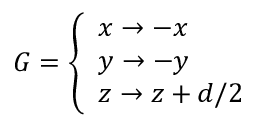
G = \left\{ \begin{array} { l l } { x \rightarrow - x } \\ { y \rightarrow - y } \\ { z \rightarrow z + d / 2 } \end{array} \right.